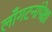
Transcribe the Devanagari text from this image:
लाँगटनांपेक्षा